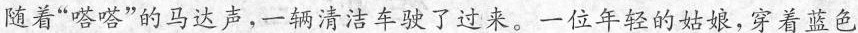
随着”嗒嗒”的马达声，一辆清洁车驶了过来。一位年轻的姑娘，穿着蓝色